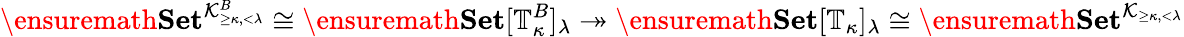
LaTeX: \ensuremath{\mathbf{Set}}^{\mathcal{K}_{\geq\kappa,<\lambda}^{B}}\cong\ensuremath{\mathbf{Set}}[\mathbb{T}_{\kappa}^{B}]_{\lambda}\twoheadrightarrow\ensuremath{\mathbf{Set}}[\mathbb{T}_{\kappa}]_{\lambda}\cong\ensuremath{\mathbf{Set}}^{\mathcal{K}_{\geq\kappa,<\lambda}}